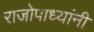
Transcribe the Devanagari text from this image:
राजोपाध्यांनी